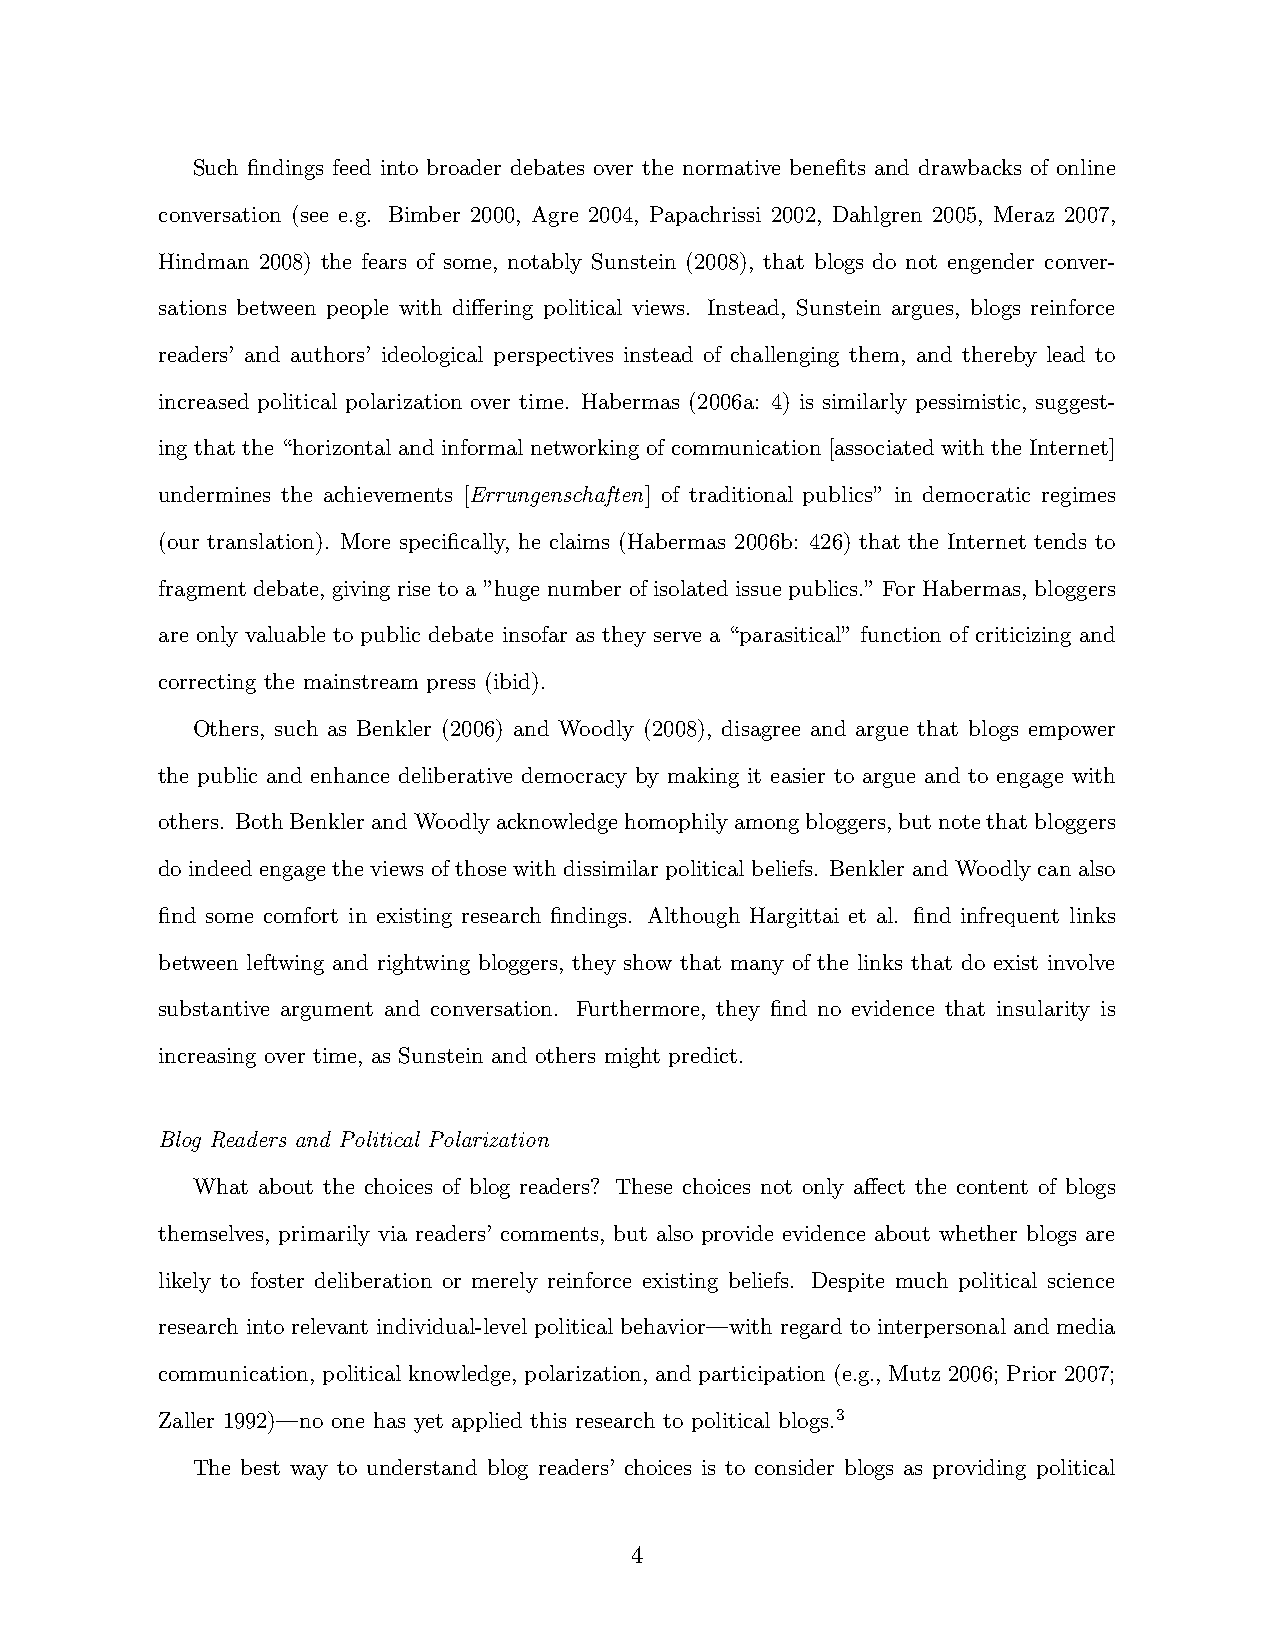
Such findings feed into broader debates over the normative benefits and drawbacks of online
 conversation (see e.g. Bimber 2000, Agre 2004, Papachrissi 2002, Dahlgren 2005, Meraz 2007,
 Hindman 2008) the fears of some, notably Sunstein (2008), that blogs do not engender conver-
 sations between people with differing political views. Instead, Sunstein argues, blogs reinforce
 readers’ and authors’ ideological perspectives instead of challenging them, and thereby lead to
 increased political polarization over time. Habermas (2006a: 4) is similarly pessimistic, suggest-
 ing that the “horizontal and informal networking of communication [associated with the Internet]
 undermines the achievements [Errungenschaften] of traditional publics” in democratic regimes
 (our translation). More specifically, he claims (Habermas 2006b: 426) that the Internet tends to
 fragment debate, giving rise to a ”huge number of isolated issue publics.” For Habermas, bloggers
 are only valuable to public debate insofar as they serve a “parasitical” function of criticizing and
 correcting the mainstream press (ibid).
 Others, such as Benkler (2006) and Woodly (2008), disagree and argue that blogs empower
 the public and enhance deliberative democracy by making it easier to argue and to engage with
 others. BothBenklerandWoodlyacknowledgehomophilyamongbloggers,butnotethatbloggers
 do indeed engage the views of those with dissimilar political beliefs. Benkler and Woodly can also
 find some comfort in existing research findings. Although Hargittai et al. find infrequent links
 between leftwing and rightwing bloggers, they show that many of the links that do exist involve
 substantive argument and conversation. Furthermore, they find no evidence that insularity is
 increasing over time, as Sunstein and others might predict.
 Blog Readers and Political Polarization
 What about the choices of blog readers? These choices not only affect the content of blogs
 themselves, primarily via readers’ comments, but also provide evidence about whether blogs are
 likely to foster deliberation or merely reinforce existing beliefs. Despite much political science
 research into relevant individual-level political behavior—with regard to interpersonal and media
 communication, political knowledge, polarization, and participation (e.g., Mutz 2006; Prior 2007;
 Zaller 1992)—no one has yet applied this research to political blogs.3
 The best way to understand blog readers’ choices is to consider blogs as providing political
 4